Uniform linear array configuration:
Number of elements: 32
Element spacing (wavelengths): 0.5
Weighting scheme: uniform
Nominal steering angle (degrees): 30
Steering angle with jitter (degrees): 30.112
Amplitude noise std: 0.05
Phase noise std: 0.05

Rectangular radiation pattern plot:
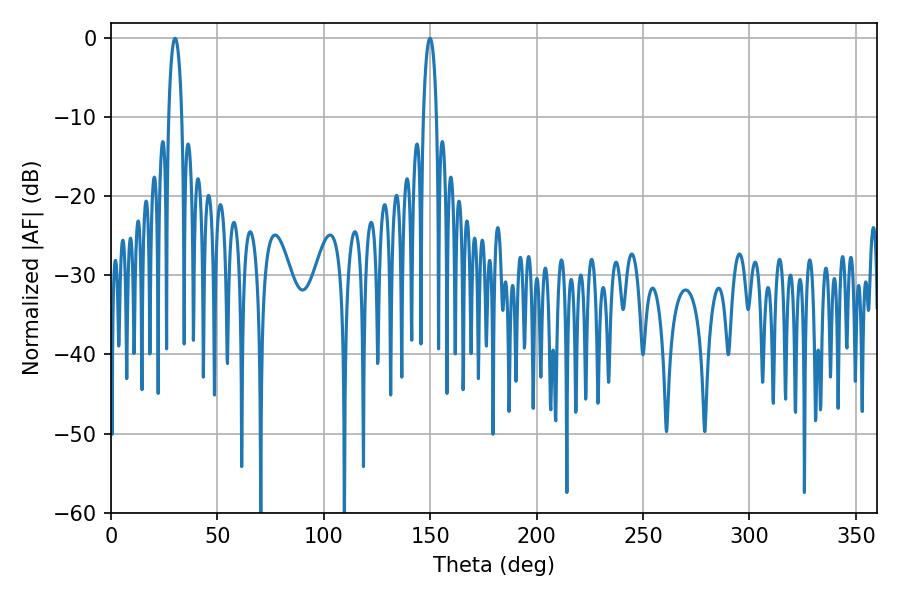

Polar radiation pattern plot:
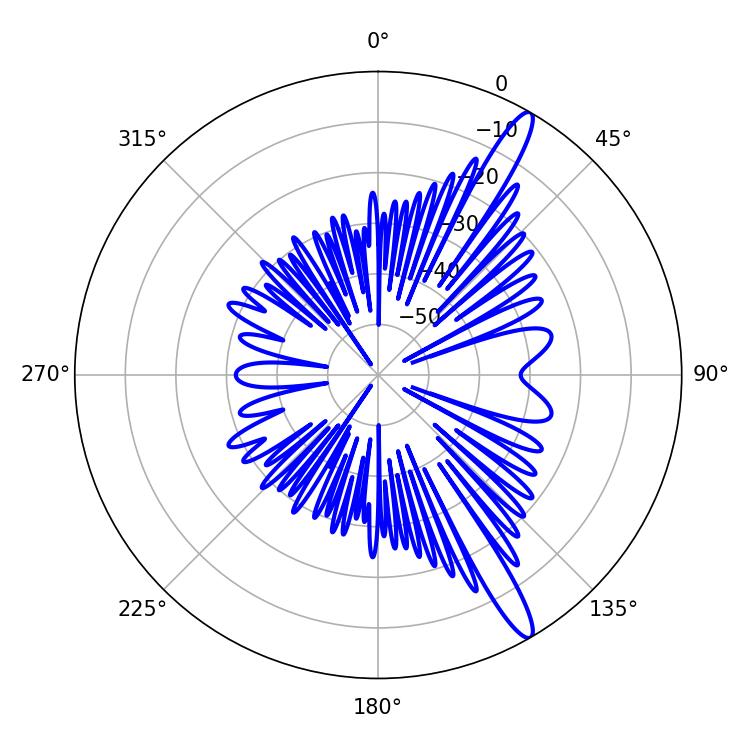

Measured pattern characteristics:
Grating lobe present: FALSE
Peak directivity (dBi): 14.387
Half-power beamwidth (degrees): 3.42
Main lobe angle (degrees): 30.06